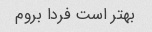
بهتر است فردا بروم